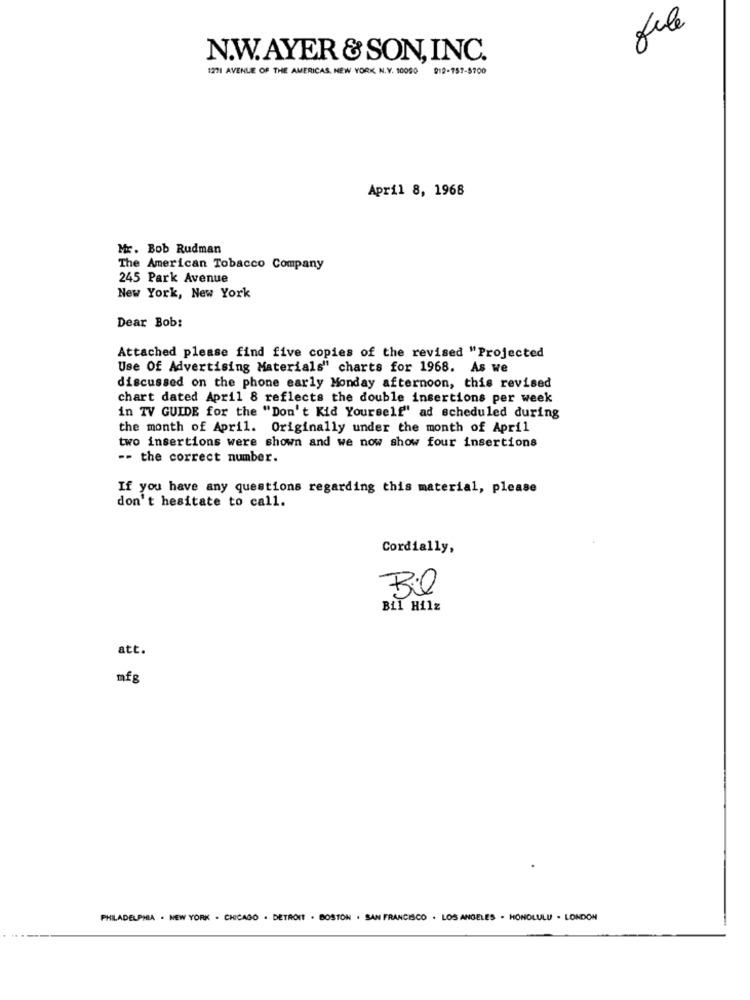
Jule
N.W.AYER & SON, INC.
1271 AVENUE OF THE AMERICAS, NEW YORK, N.Y. 10090 919-757-5700
April 8, 1968
Mr. Bob Rudman
The American Tobacco Company
245 Park Avenue
New York, New York
Dear Bob:
Attached please find five copies of the revised "Projected
Use Of Advertising Materials" charts for 1968. As we
discussed on the phone early Monday afternoon, this revised
chart dated April 8 reflects the double insertions per week
in TV GUIDE for the "Don't Kid Yourself" ad scheduled during
the month of April. Originally under the month of April
two insertions were shown and we now show four insertions
-- the correct number.
If you have any questions regarding this material, please
don't hesitate to call.
Cordially,
Bil
Bil Hilz
att.
mfg
PHILADELPHIA . NEW YORK . CHICAGO . DETROIT . BOSTON . SAN FRANCISCO . LOS ANGELES - HONOLULU - LONDON